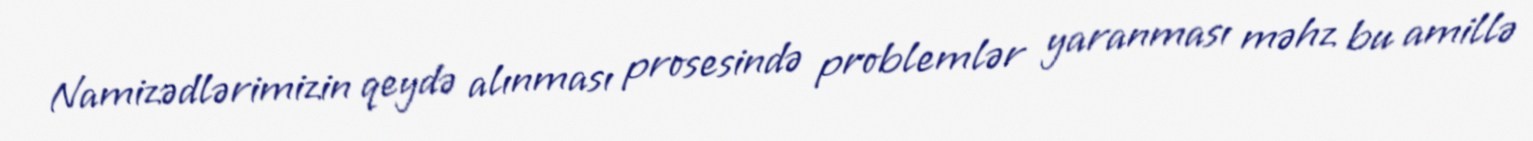
Namizədlərimizin qeydə alınması prosesində problemlər yaranması məhz bu amillə